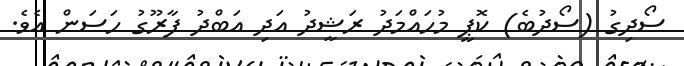
ސޯދިގު (ސޯދުބެ) ކޮޕީ މުހައްމަދު ރަޝީދު އަދި އަބްދު ފާރޫގު ހަސަން އެވެ.